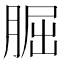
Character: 𦜇